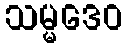
သမ္မဒေဝ